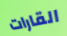
القارات